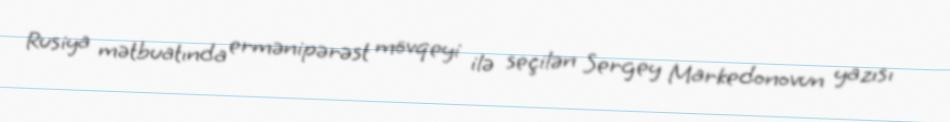
Rusiya mətbuatında ermənipərəst mövqeyi ilə seçilən Sergey Markedonovun yazısı